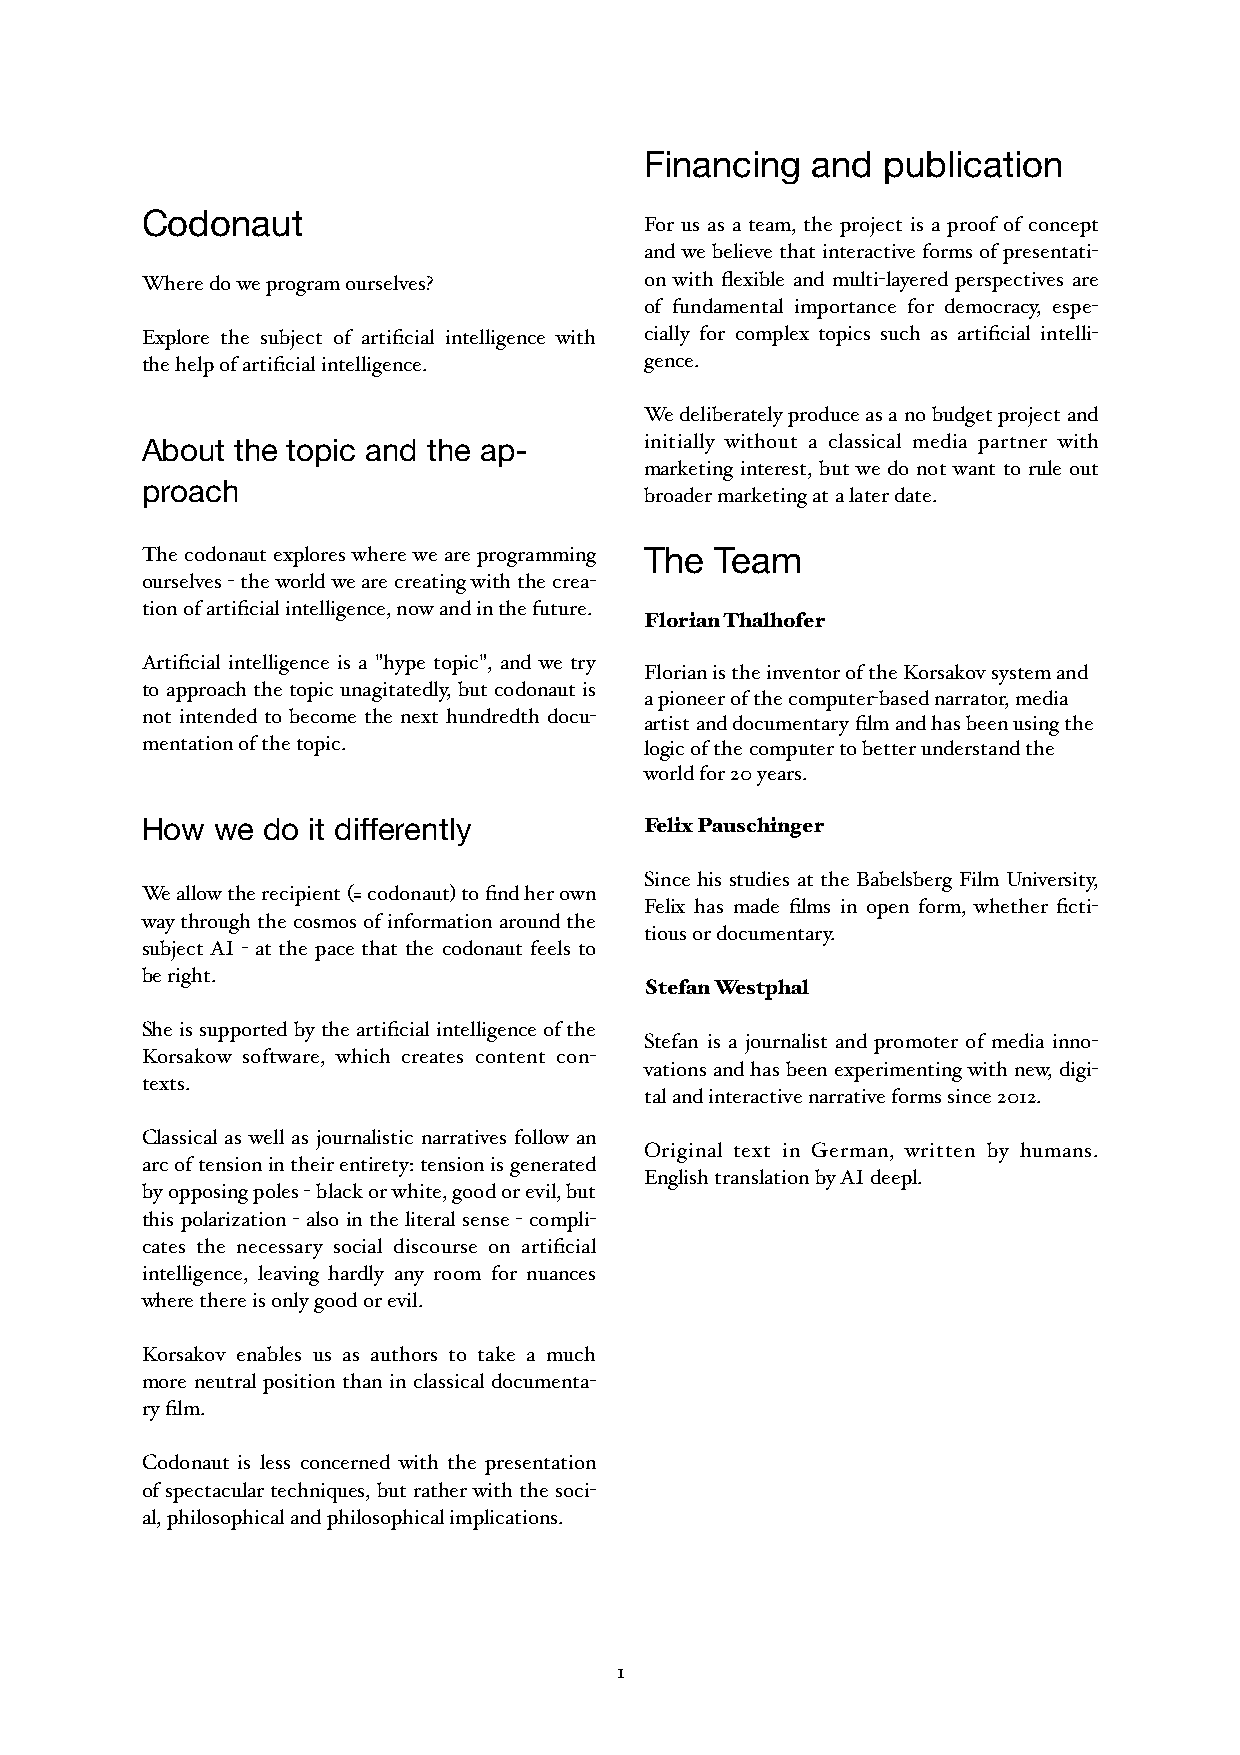
Financing  and publication
 Codonaut
 For us as a team, the project is a proof of concept
 and we believe that interactive forms of presentati-
 Where do we program ourselves?    on with flexible and multi-layered perspectives are
 of fundamental importance for democracy, espe-
 Explore the subject of artificial intelligence with cially for complex topics such as artificial intelli-
 the help of artificial intelligence. gence.
 We deliberately produce as a no budget project and
 About  the topic and the ap-      initially without a classical media partner with
 marketing interest, but we do not want to rule out
 proach
 broader marketing at a later date.
 The codonaut explores where we are programming The Team
 ourselves - the world we are creating with the crea-
 tion of artificial intelligence, now and in the future.
 Florian Thalhofer
 Artificial intelligence is a "hype topic", and we try
 Florian is the inventor of the Korsakov system and
 to approach the topic unagitatedly, but codonaut is
 a pioneer of the computer-based narrator, media
 not intended to become the next hundredth docu- artist and documentary film and has been using the
 mentation of the topic.           logic of the computer to better understand the
 world for 20 years.
 How  we do it differently         Felix Pauschinger
 Since his studies at the Babelsberg Film University,
 We allow the recipient (= codonaut) to find her own
 Felix has made films in open form, whether ficti-
 way through the cosmos of information around the
 tious or documentary.
 subject AI - at the pace that the codonaut feels to
 be right.
 Stefan Westphal
 She is supported by the artificial intelligence of the
 Stefan is a journalist and promoter of media inno-
 Korsakow software, which creates content con-
 vations and has been experimenting with new, digi-
 texts.
 tal and interactive narrative forms since 2012.
 Classical as well as journalistic narratives follow an
 Original text in German, written by humans.
 arc of tension in their entirety: tension is generated
 English translation by AI deepl.
 by opposing poles - black or white, good or evil, but
 this polarization - also in the literal sense - compli-
 cates the necessary social discourse on artificial
 intelligence, leaving hardly any room for nuances
 where there is only good or evil.
 Korsakov enables us as authors to take a much
 more neutral position than in classical documenta-
 ry film.
 Codonaut is less concerned with the presentation
 of spectacular techniques, but rather with the soci-
 al, philosophical and philosophical implications.
 1